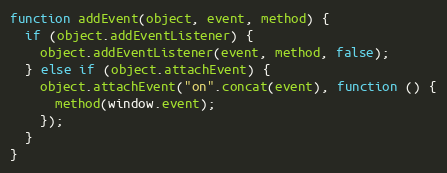
Language: JavaScript
function addEvent(object, event, method) {
  if (object.addEventListener) {
    object.addEventListener(event, method, false);
  } else if (object.attachEvent) {
    object.attachEvent("on".concat(event), function () {
      method(window.event);
    });
  }
}